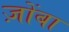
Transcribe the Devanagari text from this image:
ज़ोंबा